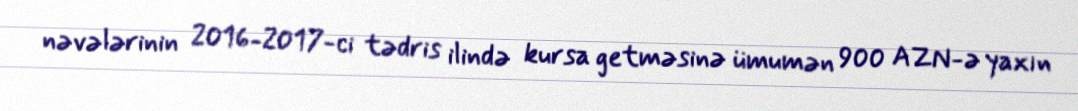
nəvələrinin 2016-2017-ci tədris ilində kursa getməsinə ümumən 900 AZN-ə yaxın